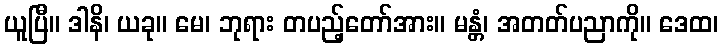
ယူပြီ။ ဒါနိ၊ ယခု။ မေ၊ ဘုရား တပည့်တော်အား။ မန္တံ၊ အတတ်ပညာကို။ ဒေထ၊